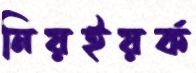
নিয়ইয়র্ক